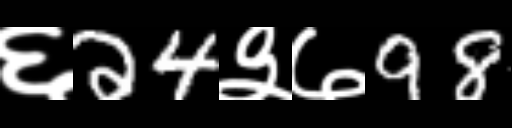
Text: ६24३७98